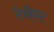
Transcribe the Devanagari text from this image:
टेनेन्ट